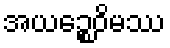
အယဉ္စေဝိမဿ